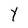
Character: Y